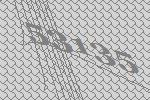
53135